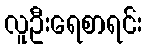
လူဦးရေစာရင်း